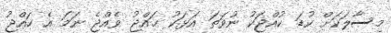
މިސާލަކަށް ކުޑަ ކުއްޖަކު ނުވަތަ އަޅަކު ޙައްޖު ވެއްޖެ ނަމަ އެ ހައްޖު